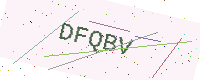
Text: DFQBV